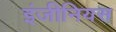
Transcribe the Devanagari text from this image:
इंजीनियस